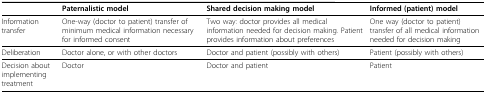
|  | Paternalistic model | Shared decision making model | Informed (patient) model |
 | --- | --- | --- | --- |
 | Information transfer | One-way (doctor to patient) transfer of minimum medical information necessary for informed consent | Two way: doctor provides all medical information needed for decision making. Patient provides information about preferences | One way (doctor to patient) transfer of all medical information needed for decision making |
 | Deliberation | Doctor alone, or with other doctors | Doctor and patient (possibly with others) | Patient (possibly with others) |
 | Decision about implementing treatment | Doctor | Doctor and patient | Patient |